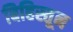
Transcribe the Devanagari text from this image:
बिहिस्तून